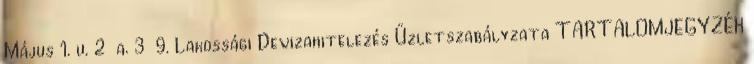
Május 1. u. 2 a. 3 9. Lakossági Devizahitelezés Üzletszabályzata TARTALOMJEGYZÉK